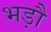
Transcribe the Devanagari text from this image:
भड़ौ